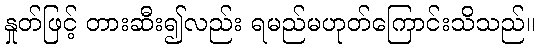
နှုတ်ဖြင့် တားဆီး၍လည်း ရမည်မဟုတ်ကြောင်းသိသည်။